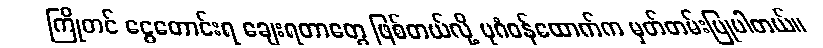
ကြိုတင် ငွေတောင်းရ ချေးရတာတွေ ဖြစ်တယ်လို့ ပုဂံဝန်ထောက်က မှတ်တမ်းပြုပါတယ်။